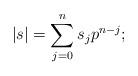
LaTeX: \begin{align*}\left| s \right| = \sum_{j=0}^{n} s_j p^{n-j};\end{align*}